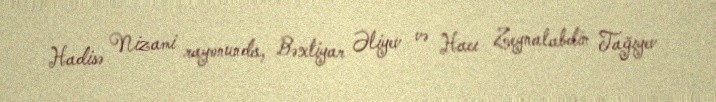
Hadisə Nizami rayonunda, Bəxtiyar Əliyev və Hacı Zeynalabdin Tağıyev